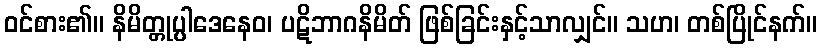
ဝင်စား၏။ နိမိတ္တုပ္ပါဒေနေဝ၊ ပဋိဘာဂနိမိတ် ဖြစ်ခြင်းနှင့်သာလျှင်။ သဟ၊ တစ်ပြိုင်နက်။